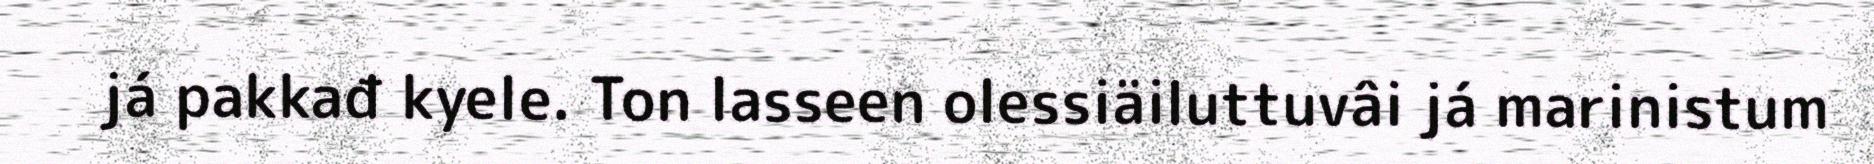
já pakkađ kyele. Ton lasseen olessiäiluttuvâi já marinistum